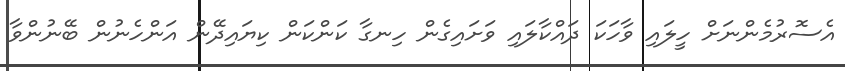
އެސޮރުމެންނަށް ހީލައި ވާހަކަ ދައްކާލައި ވަށައިގެން ހިނގާ ކަންކަން ކިޔައިދޭން އަންހެނުން ބޭނުންވާ